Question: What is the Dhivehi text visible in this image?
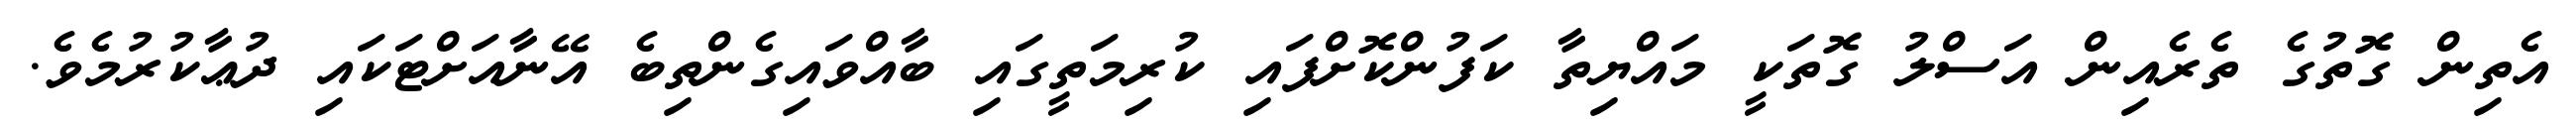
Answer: އެތިން ގޮތުގެ ތެރެއިން އަސްލު ގޮތަކީ މައްޔިތާ ކަފުންކޮށްފައި ކުރިމަތީގައި ބާއްވައިގެންތިބެ އޭނާއަށްޓަކައި ދުޢާކުރުމެވެ.